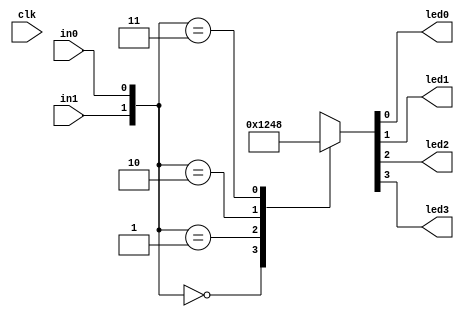
module showLED(led0,led1,led2,led3,in0,in1,clk);
    input clk,in0,in1;
    output led0,led1,led2,led3;
    reg led0,led1,led2,led3;

    always@(in0 or in1) begin
		case({in1,in0})
		2'b00:  {led3,led2,led1,led0}=4'b0001; 
		2'b01:  {led3,led2,led1,led0}=4'b0010; 
		2'b10:  {led3,led2,led1,led0}=4'b0100; 
		2'b11:  {led3,led2,led1,led0}=4'b1000;
		endcase
    end
endmodule